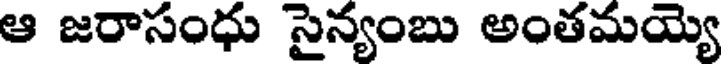
ఆ జరాసంధు సైన్యంబు అంతమయ్యె